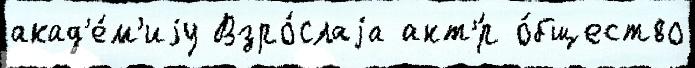
акад'е́м'иjу Взро́слаjа акт'́р о́бщество